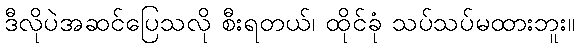
ဒီလိုပဲအဆင်ပြေသလို စီးရတယ်၊ ထိုင်ခုံ သပ်သပ်မထားဘူး။